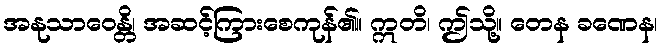
အနုသာဝေန္တိ၊ အဆင့်ကြားစေကုန်၏။ ဣတိ၊ ဤသို့။ တေန ခဏေန၊